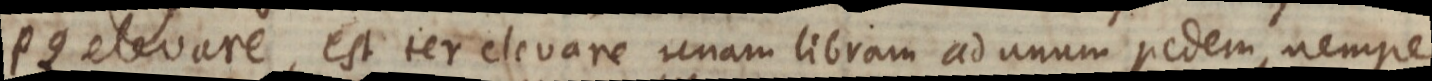
PQ elevare, est ter elevare unam libram ad unum pedem, nempe